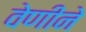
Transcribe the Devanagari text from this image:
वेणीने